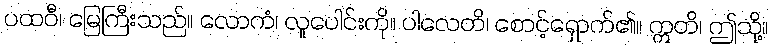
ပထဝီ၊ မြေကြီးသည်။ လောကံ၊ လူပေါင်းကို။ ပါလေတိ၊ စောင့်ရှောက်၏။ ဣတိ၊ ဤသို့။